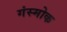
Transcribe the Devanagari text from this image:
गंस्मोक